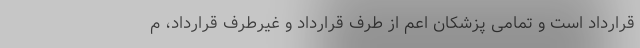
قرارداد است و تمامی پزشکان اعم از طرف قرارداد و غیرطرف قرارداد، م